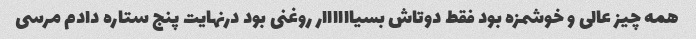
همه چیز عالی و خوشمزه بود فقط دوتاش بسیاااااار روغنی بود درنهایت پنج ستاره دادم مرسی